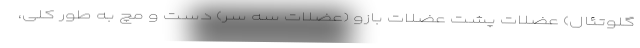
گلوتئال) عضلات پشت عضلات بازو (عضلات سه سر) دست و مچ به طور کلی،